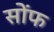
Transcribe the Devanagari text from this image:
सोंफ